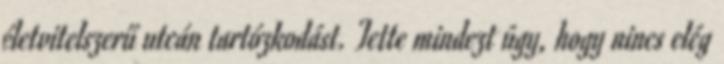
életvitelszerű utcán tartózkodást. Tette mindezt úgy, hogy nincs elég